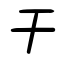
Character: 干